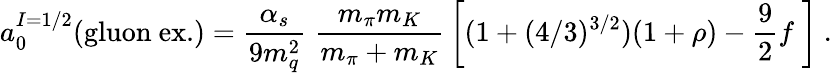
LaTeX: a_{0}^{I=1/2}(\mathrm{gluon}\ \mathrm{ex.})={\frac{\alpha_{s}}{9m_{q}^{2}}}\; {\frac{m_{\pi}m_{K}}{m_{\pi}+m_{K}}}\left[(1+(4/3)^{3/2})(1+\rho)-\frac 92f\; \right]\ .